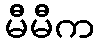
မီမီက